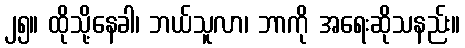
၂၅။ ထိုသို့နေခါ၊ ဘယ်သူလာ၊ ဘာကို အရေးဆိုသနည်း။